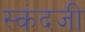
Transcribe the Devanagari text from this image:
स्कंदजी